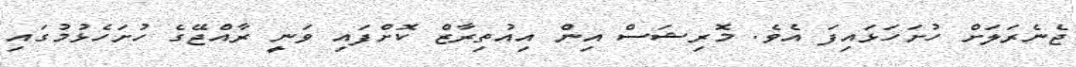
ޖެނެރަލަށް ހުށަހަޅައިފަ އެވެ. މޮރިޝަސް އިން އިއުތިރާޒް ކޮށްފައި ވަނީ ރާއްޖޭގެ ހުށަހެޅުމުގައި